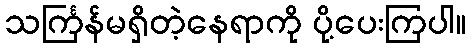
သင်္ကြန်မရှိတဲ့နေရာကို ပို့ပေးကြပါ။